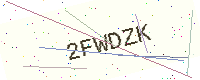
Text: 2FWDZK